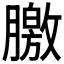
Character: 𣎣